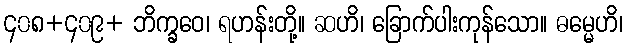
၄၀၈+၄၀၉+ ဘိက္ခဝေ၊ ရဟန်းတို့။ ဆဟိ၊ ခြောက်ပါးကုန်သော။ ဓမ္မေဟိ၊